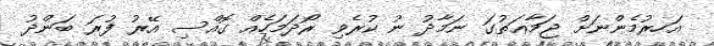
އަހރުމެންނަށް ޖަމާޢަތުގަ ނަމާދު ނު ކުރެވި ރޯދަމަހެއް ގޮއްސި އޭރު ފުރަ ބަންދު